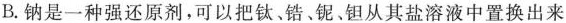
B.钠是一种强还原剂，可以把钛、锆。铌、钽从其盐溶液中置换出来